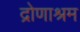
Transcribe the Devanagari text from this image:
द्रोणाश्रम